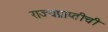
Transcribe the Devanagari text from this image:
राज्यप्राप्तीची